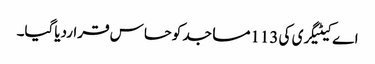
اے کیٹیگری کی 113مساجد کوحساس قراردیاگیا۔